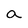
Character: a